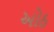
ઓઠ